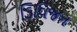
ડિવિજન